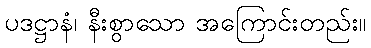
ပဒဋ္ဌာနံ၊ နီးစွာသော အကြောင်းတည်း။